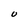
Character: U